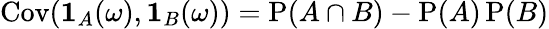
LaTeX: \operatorname{Cov}(\mathbf{1}_{A}(\omega),\mathbf{1}_{B}(\omega))=\operatorname{P}(A\cap B)-\operatorname{P}(A)\operatorname{P}(B)